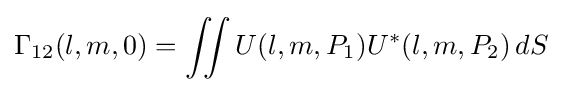
\Gamma _{12}(l,m,0)=\iint U(l,m,P_{1})U^{*}(l,m,P_{2})\,dS